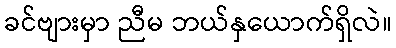
ခင်ဗျားမှာ ညီမ ဘယ်နှယောက်ရှိလဲ။